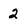
Character: 2